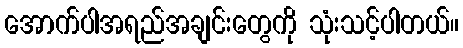
အောက်ပါအရည်အချင်းတွေကို သုံးသင့်ပါတယ်။